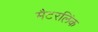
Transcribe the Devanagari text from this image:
मैटरलिंक